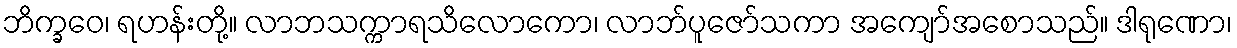
ဘိက္ခဝေ၊ ရဟန်းတို့။ လာဘသက္ကာရသိလောကော၊ လာဘ်ပူဇော်သကာ အကျော်အစောသည်။ ဒါရုဏော၊